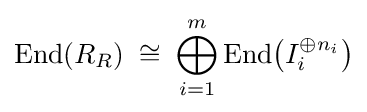
\mathrm {End} (R_{R})\;\cong \;\bigoplus _{i=1}^{m}\mathrm {End} {\big (}I_{i}^{\oplus n_{i}}{\big )}